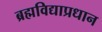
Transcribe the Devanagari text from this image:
ब्रह्मविद्याप्रधान